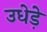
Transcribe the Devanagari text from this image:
उधेड़े